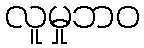
လူမှုဘဝ